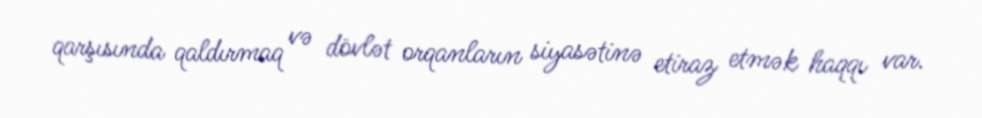
qarşısında qaldırmaq və dövlət orqanların siyasətinə etiraz etmək haqqı var.